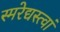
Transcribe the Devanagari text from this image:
स्मरेद्यस्त्वां